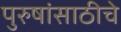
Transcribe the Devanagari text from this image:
पुरुषांसाठीचे